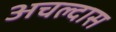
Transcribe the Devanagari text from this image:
अचल्दास